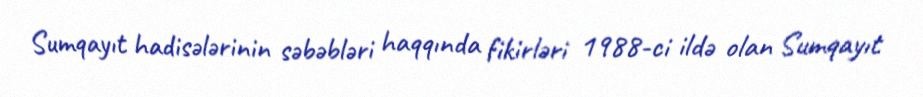
Sumqayıt hadisələrinin səbəbləri haqqında fikirləri 1988-ci ildə olan Sumqayıt